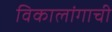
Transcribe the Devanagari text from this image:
विकालांगाची